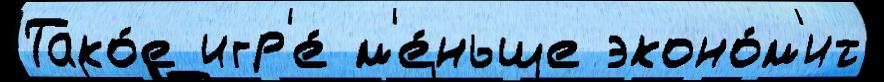
Тако́е игр'е́ м'е́ньше эконо́м'ит